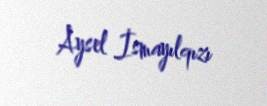
Aysel İsmayılqızı